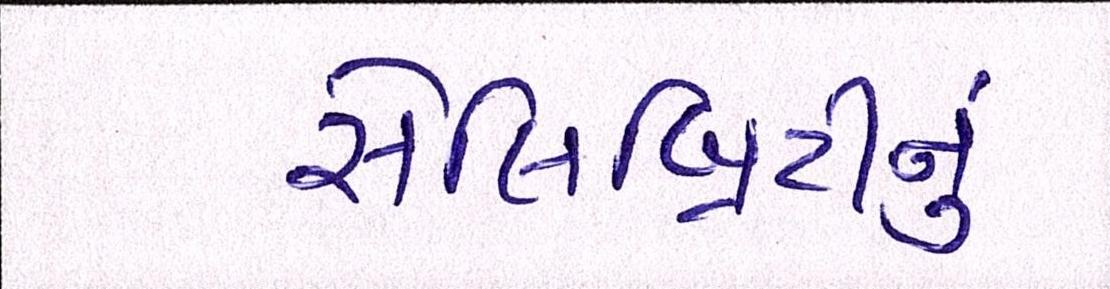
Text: સેલિબ્રિટીનું